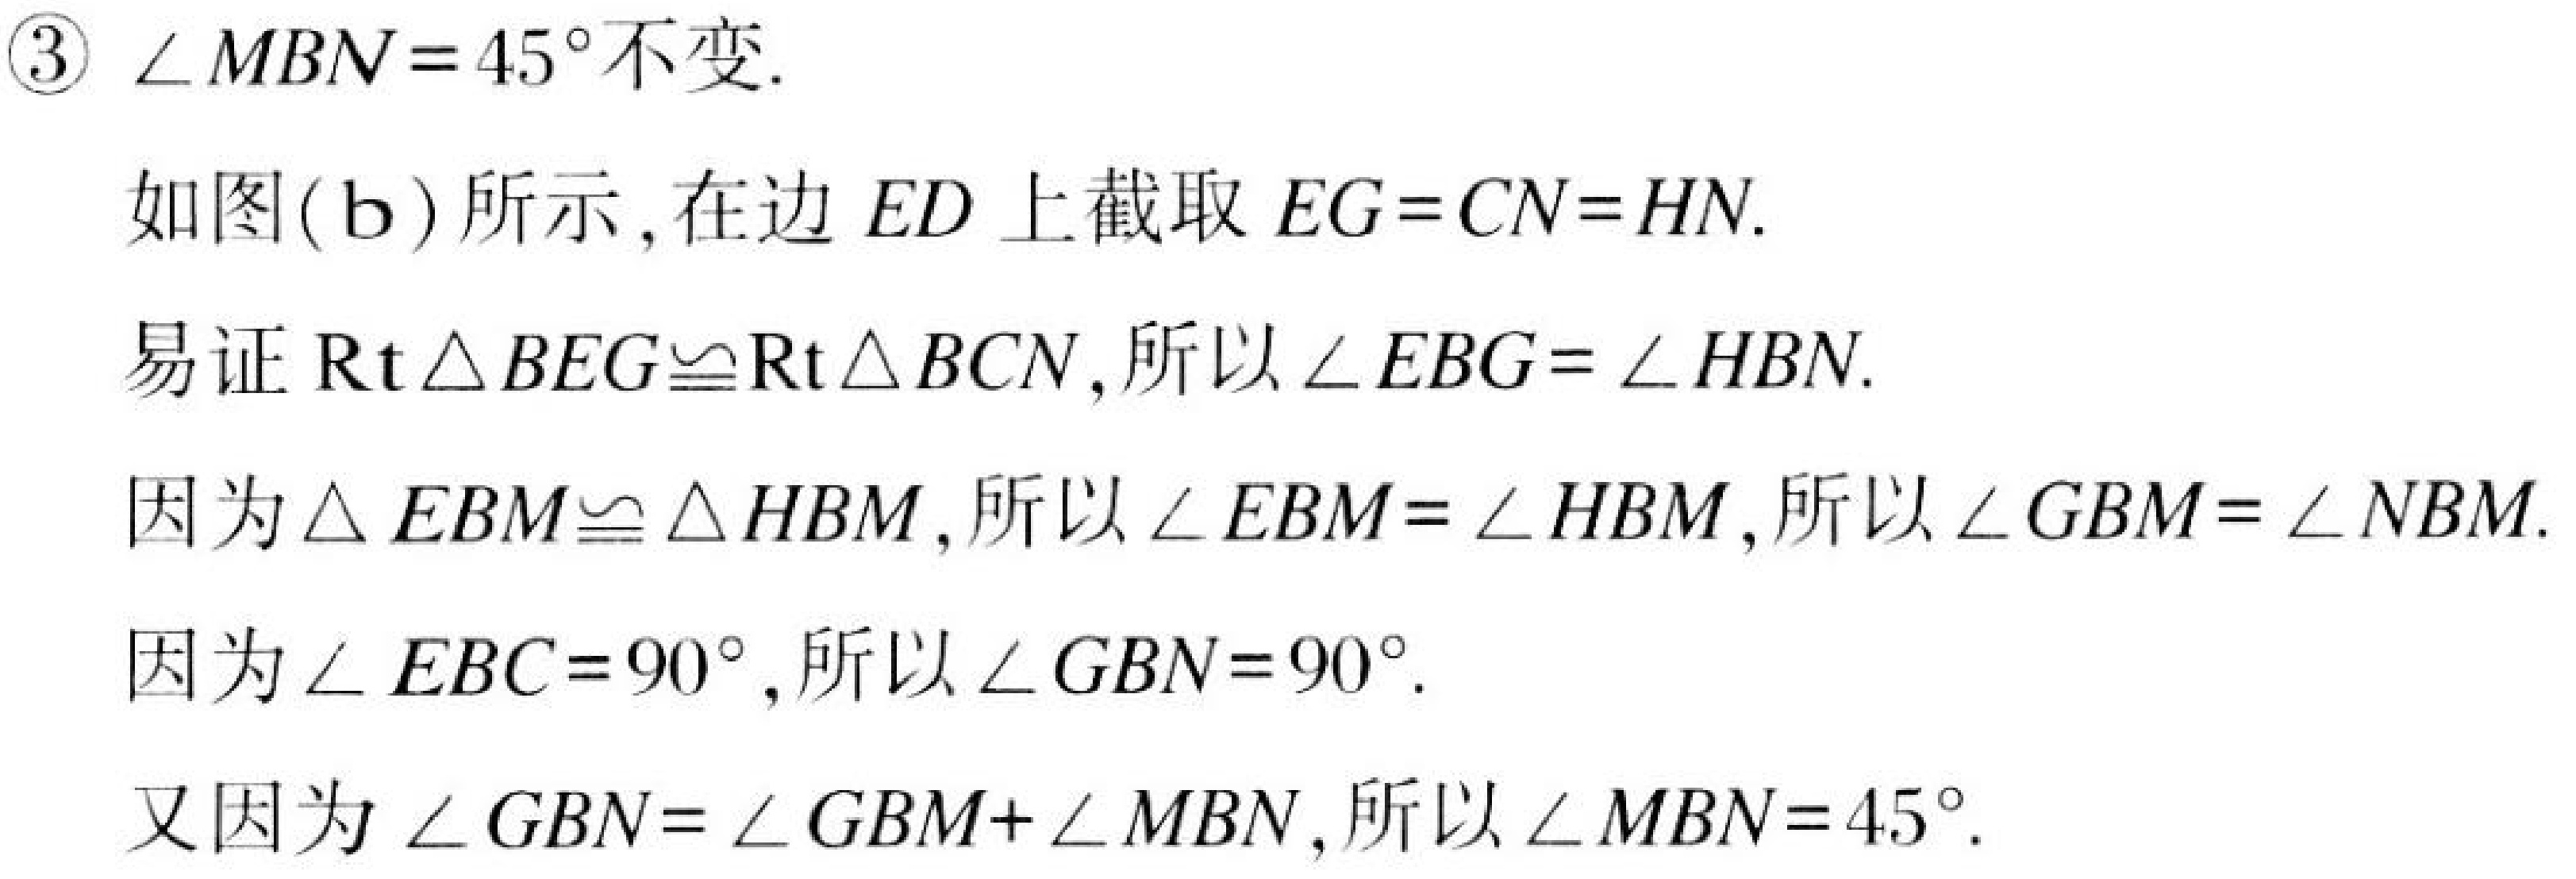
\textcircled{3} \(\angle MBN = 45^{\circ}\)不变.

如图(\text{b})所示, 在边 \(ED\) 上截取 \(EG = CN = HN\).

易证 \(\text{Rt}\triangle BEG\cong\text{Rt}\triangle BCN\), 所以 \(\angle EBG=\angle HBN\).

因为 \(\triangle EBM\cong\triangle HBM\), 所以 \(\angle EBM=\angle HBM\), 所以 \(\angle GBM=\angle NBM\).

因为 \(\angle EBC = 90^{\circ}\), 所以 \(\angle GBN = 90^{\circ}\).

又因为 \(\angle GBN=\angle GBM+\angle MBN\), 所以 \(\angle MBN = 45^{\circ}\).